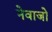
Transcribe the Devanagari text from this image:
नेवाजो